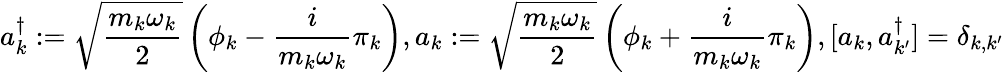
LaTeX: a_{k}^{\dagger}:=\sqrt{\frac{m_{k}\omega_{k}}{2}}\left(\phi_{k}-\frac{i}{m_{k}\omega_{k}}\pi_{k}\right),a_{k}:=\sqrt{\frac{m_{k}\omega_{k}}{2}}\left(\phi_{k}+\frac{i}{m_{k}\omega_{k}}\pi_{k}\right),[a_{k},a_{k^{\prime}}^{\dagger}]=\delta_{k,k^{\prime}}